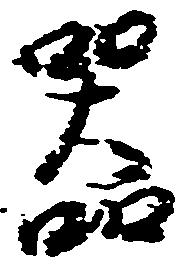
器